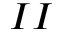
I I